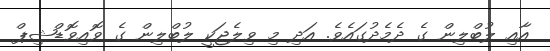
އާއި ލުބްލިން ގެ ދެމެދުގައެވެ. އަދި މި ވިލެޖަކީ ލުބްލިން ގެ ވޮއިވޮޑްޝިޕް